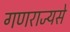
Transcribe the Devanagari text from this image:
गणराज्यसे